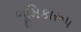
ભૂમિકારૂપ